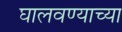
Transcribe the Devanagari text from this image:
घालवण्याच्या